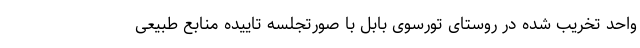
واحد تخریب شده در روستای تورسوی بابل با صورتجلسه تاییده منابع طبیعی